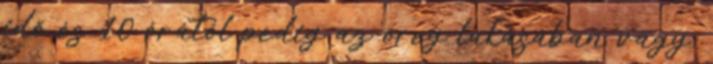
idő és 10 órától pedig az öreg lakásában vagy,